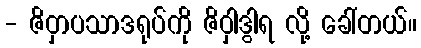
- ဇိဝှာပသာဒရုပ်ကို ဇိဝှါဒွါရ လို့ ခေါ်တယ်။